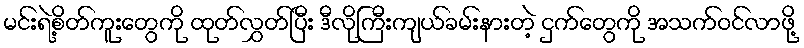
မင်းရဲ့စိတ်ကူးတွေကို ထုတ်လွှတ်ပြီး ဒီလိုကြီးကျယ်ခမ်းနားတဲ့ ငှက်တွေကို အသက်ဝင်လာဖို့